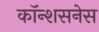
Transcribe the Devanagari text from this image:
कॉन्शसनेस